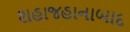
શહાજહાનાબાદ